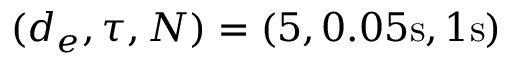
( d _ { e } , \tau , N ) = ( 5 , 0 . 0 5 \mathrm { s } , 1 \mathrm { s } )